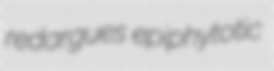
redargues epiphytotic